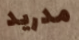
مدريد